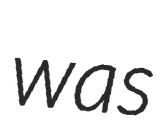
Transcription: was